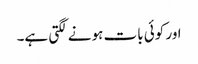
اور کوئی بات ہونے لگتی ہے۔